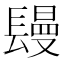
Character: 𨲩